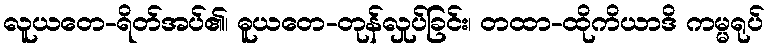
လူယတေ-ရိတ်အပ်၏၊ ဓူယတေ-တုန်လှုပ်ခြင်း၊ တထာ-ထိုကိယာဒိ ကမ္မရုပ်